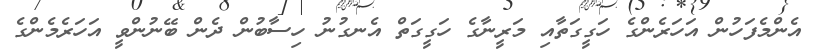
އެންމެފަހުން އަހަރެންގެ ހަގީގަތާއި މަރީނާގެ ހަގީގަތް އެނގުނު ހިސާބުން ދެން ބޭނުންވީ އަހަރެމެންގެ